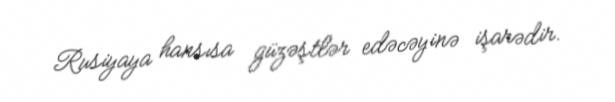
Rusiyaya hansısa güzəştlər edəcəyinə işarədir.